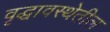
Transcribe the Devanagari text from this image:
वृद्धावस्थेतील